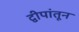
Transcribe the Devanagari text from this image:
द्वीपांतून